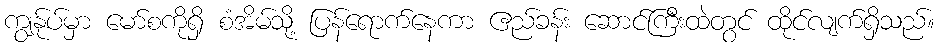
ကျွန်ုပ်မှာ မော်စကိုရှိ စံအိမ်သို့ ပြန်ရောက်နေကာ ဧည်ခန်း ဆောင်ကြီးထဲတွင် ထိုင်လျက်ရှိသည်။